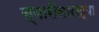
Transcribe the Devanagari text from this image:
स्वारीसारख्या